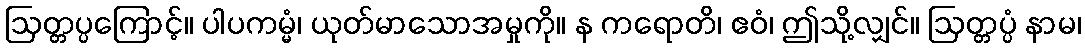
ဩတ္တပ္ပကြောင့်။ ပါပကမ္မံ၊ ယုတ်မာသောအမှုကို။ န ကရောတိ၊ ဧဝံ၊ ဤသို့လျှင်။ ဩတ္တပ္ပံ နာမ၊